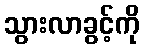
သွားလာခွင့်ကို